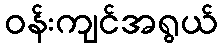
ဝန်းကျင်အရွယ်